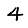
Digit: 4